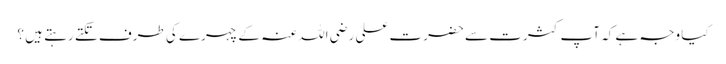
کیا وجہ ہے کہ آپ کثرت سے حضرت علی رضی اللہ عنہ کے چہرے کی طرف تکتے رہتے ہیں ؟